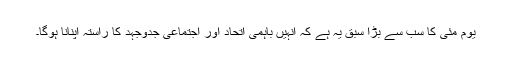
یوم مئی کا سب سے بڑا سبق یہ ہے کہ انہیں باہمی اتحاد اور اجتماعی جدوجہد کا راستہ اپنانا ہوگا۔